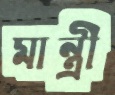
মান্ত্রী